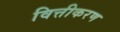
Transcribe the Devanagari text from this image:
वित्तीकरण